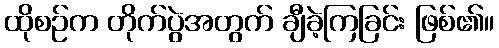
ထိုစဉ်က တိုက်ပွဲအတွက် ချီခဲ့ကြခြင်း ဖြစ်၏။